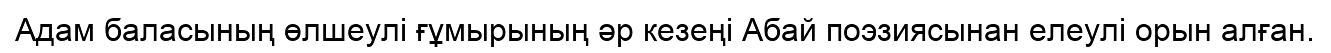
Адам баласының өлшеулі ғұмырының әр кезеңі Абай поэзиясынан елеулі орын алған.